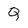
Character: Q